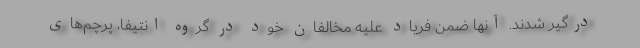
درگیر شدند. آنها ضمن فریاد علیه مخالفان خود در گروه انتیفا، پرچم‌های